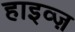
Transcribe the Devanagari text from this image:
हाइव्ज़